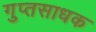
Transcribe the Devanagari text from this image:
गुप्तसाधक